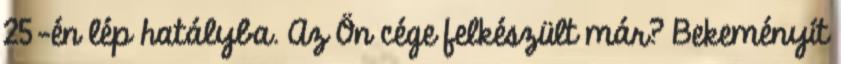
25-én lép hatályba. Az Ön cége felkészült már? Bekeményít